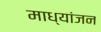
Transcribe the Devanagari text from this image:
माध्यांजन